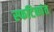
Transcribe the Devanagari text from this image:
स्फटिकांत